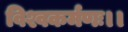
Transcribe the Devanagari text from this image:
विश्वकर्मणः।।